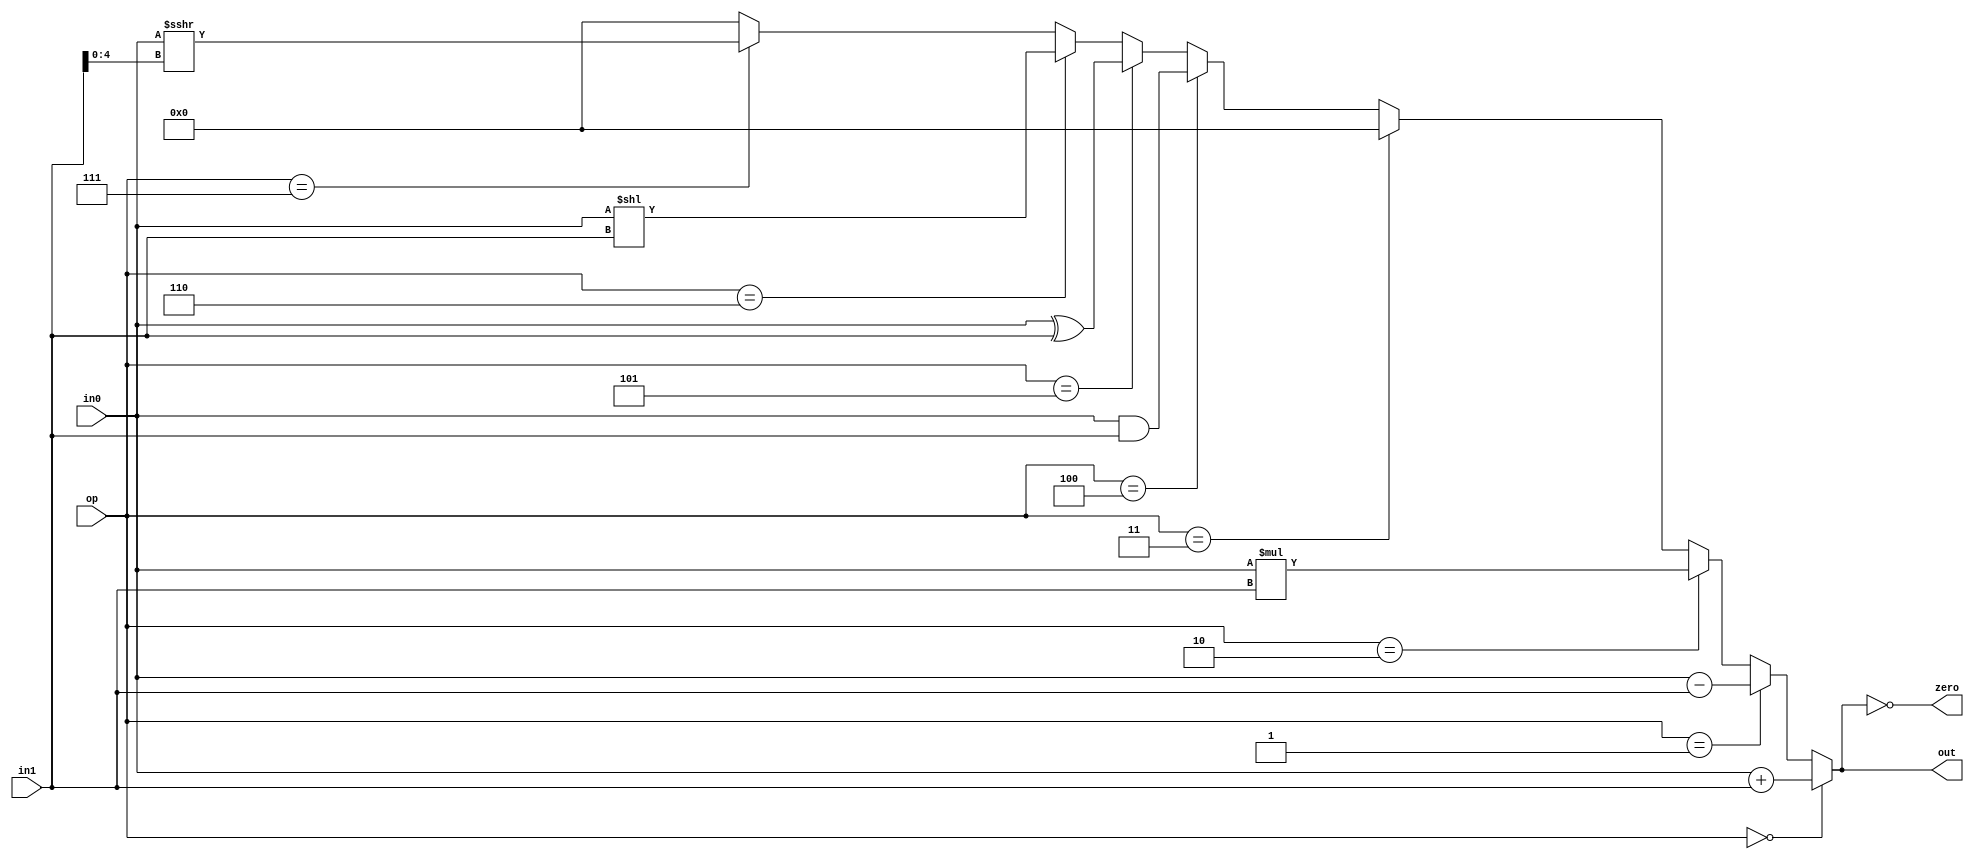
`define OP_ADD 3'b000
`define OP_SUB 3'b001
`define OP_MUL 3'b010
`define OP_NOP 3'b011
`define OP_AND 3'b100
`define OP_XOR 3'b101
`define OP_SLL 3'b110
`define OP_SRA 3'b111

module ALU
(
    input  signed [31:0]   in0,
    input  signed [31:0]   in1,
    input  signed  [2:0]   op,

    output                 zero,
    output signed [31:0]   out
);

wire [4:0] imm;
assign imm = in1[4:0];              // for srai
assign out = (op == `OP_ADD) ? in0 + in1 :
             (op == `OP_SUB) ? in0 - in1 :
             (op == `OP_MUL) ? in0 * in1 :
             (op == `OP_NOP) ? 32'b0 :
             (op == `OP_AND) ? in0 & in1 :
             (op == `OP_XOR) ? in0 ^ in1 :
             (op == `OP_SLL) ? in0 << in1 :
             (op == `OP_SRA) ? $signed(in0) >>> imm :
                               32'b0;

assign zero = (out == 0);

endmodule